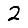
Digit: 2